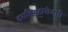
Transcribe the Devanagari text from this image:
वसतिगृहाशेजारी